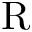
\mathrm { R }